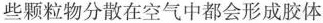
些颗粒物分散在空气中都会形成胶体